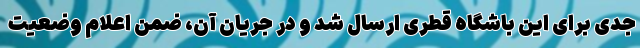
جدی برای این باشگاه قطری ارسال شد و در جریان آن، ضمن اعلام وضعیت